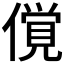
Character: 𰂲